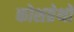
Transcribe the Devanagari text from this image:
कोशग्रेथों